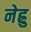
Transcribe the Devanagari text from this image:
नेह्रु